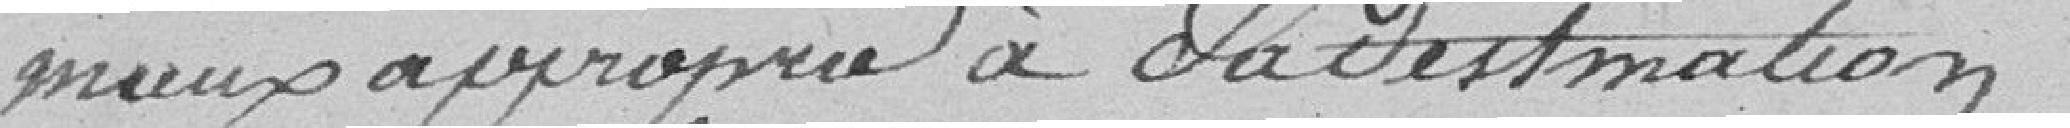
mieux approprié à sa destination.